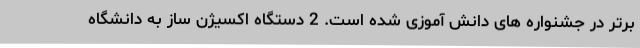
برتر در جشنواره های دانش آموزی شده است. 2 دستگاه اکسیژن ساز به دانشگاه